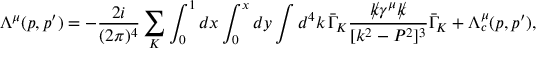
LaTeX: \Lambda ^ { \mu } ( p , p ^ { \prime } ) = - \frac { 2 i } { ( 2 \pi ) ^ { 4 } } \sum _ { K } \int _ { 0 } ^ { 1 } d x \int _ { 0 } ^ { x } d y \int d ^ { 4 } k \, \bar { \Gamma } _ { K } \frac { k \llap / \gamma ^ { \mu } k \llap / } { [ k ^ { 2 } - P ^ { 2 } ] ^ { 3 } } \bar { \Gamma } _ { K } + \Lambda _ { c } ^ { \mu } ( p , p ^ { \prime } ) ,